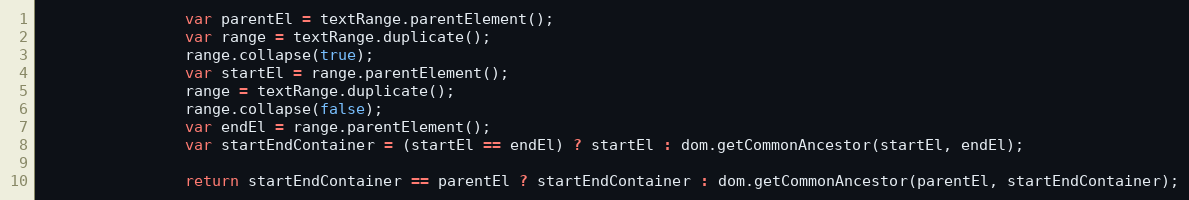
Language: JavaScript
                var parentEl = textRange.parentElement();
                var range = textRange.duplicate();
                range.collapse(true);
                var startEl = range.parentElement();
                range = textRange.duplicate();
                range.collapse(false);
                var endEl = range.parentElement();
                var startEndContainer = (startEl == endEl) ? startEl : dom.getCommonAncestor(startEl, endEl);

                return startEndContainer == parentEl ? startEndContainer : dom.getCommonAncestor(parentEl, startEndContainer);